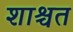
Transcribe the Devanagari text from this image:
शाश्चत